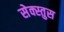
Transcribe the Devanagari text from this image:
सेक्स्तुस